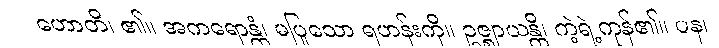
ဟောတိ၊ ၏။ အကရောန္တံ၊ မပြုသော ရဟန်းကို။ ဥဇ္ဈာယန္တိ၊ ကဲ့ရဲ့ကုန်၏။ ပန၊